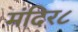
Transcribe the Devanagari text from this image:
मंदिर८